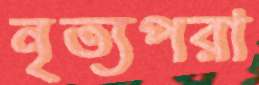
নৃত্যপরা